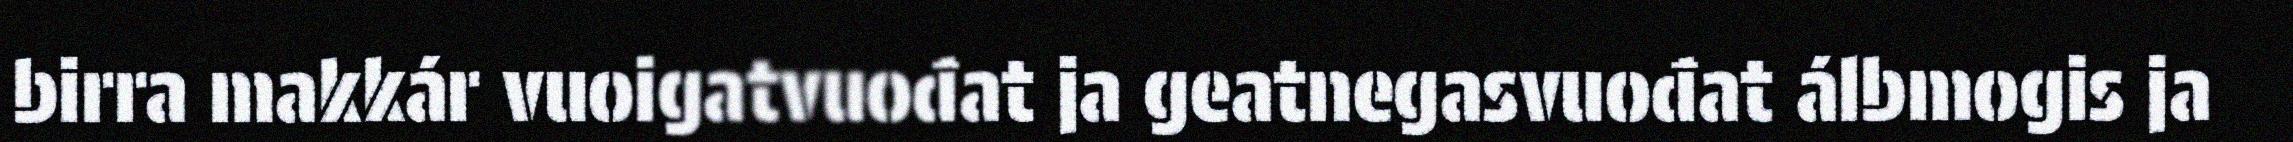
birra makkár vuoigatvuođat ja geatnegasvuođat álbmogis ja